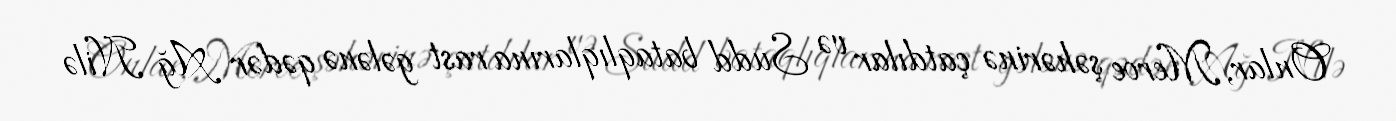
Onlar, Meroe şəhərinə çatdılar və Sudd bataqlıqlarına rast gələnə qədər Ağ Nilə